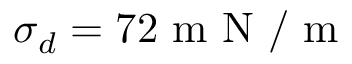
{ { \sigma } _ { d } } = 7 2 \mathrm { ~ m ~ N ~ / ~ m ~ }